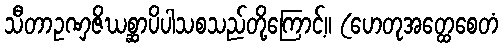
သီတာဥဏှဇိဃစ္ဆာပိပါသစသည်တို့ကြောင့်။ (ဟေတုအတ္ထေစေတံ